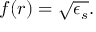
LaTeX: f ( r ) = \sqrt { \epsilon _ { s } } .